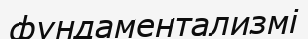
фундаментализмі